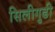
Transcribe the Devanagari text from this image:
सिलीगुढी